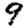
Digit: 9